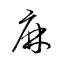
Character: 麻